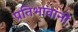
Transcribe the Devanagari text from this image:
प्रतिभावानों